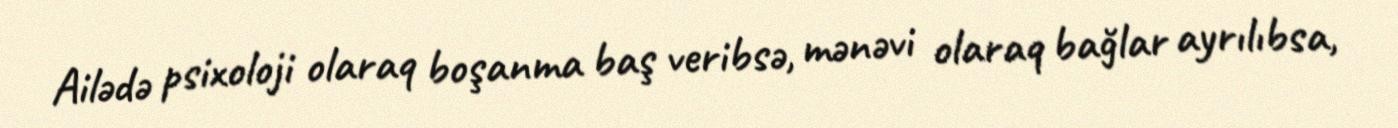
Ailədə psixoloji olaraq boşanma baş veribsə, mənəvi olaraq bağlar ayrılıbsa,